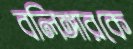
বলিঙ্গারকে